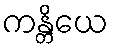
ကန္တိယေ